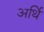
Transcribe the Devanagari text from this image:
अर्थि